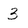
Character: 3